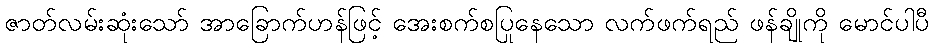
ဇာတ်လမ်းဆုံးသော် အာခြောက်ဟန်ဖြင့် အေးစက်စပြုနေသော လက်ဖက်ရည် ဖန်ချိုကို မောင်ပါပီ